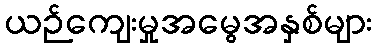
ယဉ်ကျေးမှုအမွေအနှစ်များ